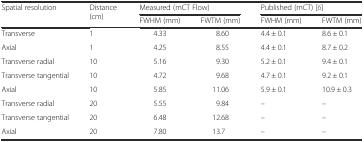
| <ROWSPAN=2> Spatial resolution | <ROWSPAN=2> Distance (cm) | <COLSPAN=2> Measured (mCT Flow) | <COLSPAN=2> Published (mCT) [6] |
 | FWHM (mm) | FWTM (mm) | FWHM (mm) | FWTM (mm) |
 | --- | --- | --- | --- | --- | --- |
 | Transverse | 1 | 4.33 | 8.60 | 4.4 ± 0.1 | 8.6 ± 0.1 |
 | Axial | 1 | 4.25 | 8.55 | 4.4 ± 0.1 | 8.7 ± 0.2 |
 | Transverse radial | 10 | 5.16 | 9.30 | 5.2 ± 0.1 | 9.4 ± 0.1 |
 | Transverse tangential | 10 | 4.72 | 9.68 | 4.7 ± 0.1 | 9.2 ± 0.1 |
 | Axial | 10 | 5.85 | 11.06 | 5.9 ± 0.1 | 10.9 ± 0.3 |
 | Transverse radial | 20 | 5.55 | 9.84 | – | – |
 | Transverse tangential | 20 | 6.48 | 12.68 | – | – |
 | Axial | 20 | 7.80 | 13.7 | – | – |